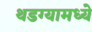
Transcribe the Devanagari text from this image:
थडग्यामध्ये